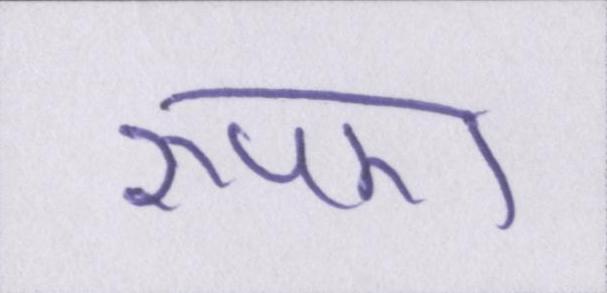
रुपए